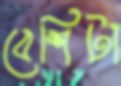
বেশিটা